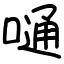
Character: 嗵